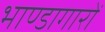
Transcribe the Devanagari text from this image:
भाण्डागारों